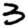
Digit: 3